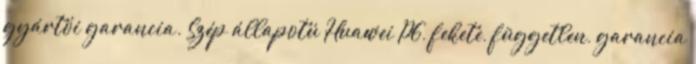
gyártói garancia. Szép állapotú Huawei P6, fekete, független, garancia